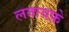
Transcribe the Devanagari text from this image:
लतायफ़े